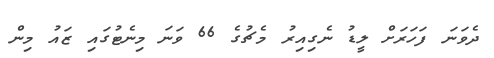
ދެވަނަ ފަހަރަށް ލީޑު ނެގިއިރު މެޗުގެ 66 ވަނަ މިނެޓުގައި ޒައު މިން